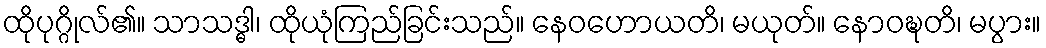
ထိုပုဂ္ဂိုလ်၏။ သာသဒ္ဓါ၊ ထိုယုံကြည်ခြင်းသည်။ နေဝဟောယတိ၊ မယုတ်။ နောဝဍ္ဎတိ၊ မပွား။